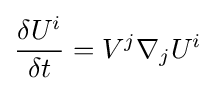
{\begin{aligned}{\frac {\delta U^{i}}{\delta t}}=V^{j}\nabla _{j}U^{i}\\\end{aligned}}